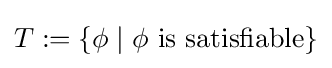
T:=\{\phi \mid \phi {\mbox{ is satisfiable}}\}